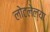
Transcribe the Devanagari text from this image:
लोटलेल्या